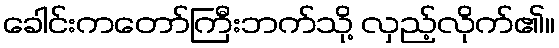
ခေါင်းကတော်ကြီးဘက်သို့ လှည့်လိုက်၏။